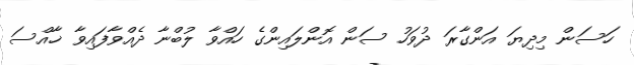
ހަސަން މިދިޔަ އަންގާރަ ދުވަހު ސަން އޮންލައިންގެ ހައްވާ ލުބްނާ ދެއްވާފައިވާ ޚާއްސަ